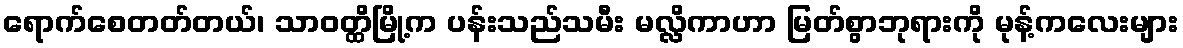
ရောက်စေတတ်တယ်၊ သာဝတ္ထိမြို့က ပန်းသည်သမီး မလ္လိကာဟာ မြတ်စွာဘုရားကို မုန့်ကလေးများ